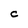
Character: C